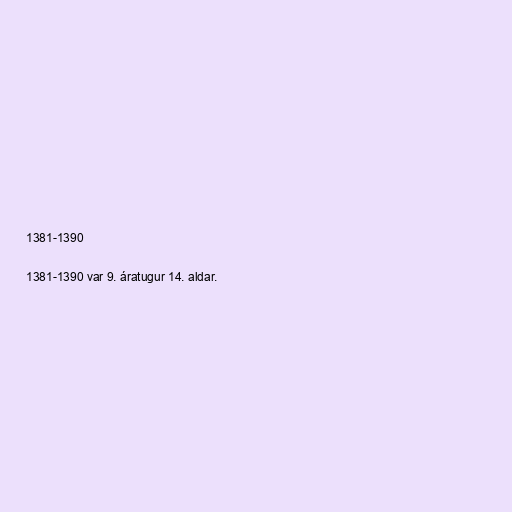
1381-1390

1381-1390 var 9. áratugur 14. aldar.